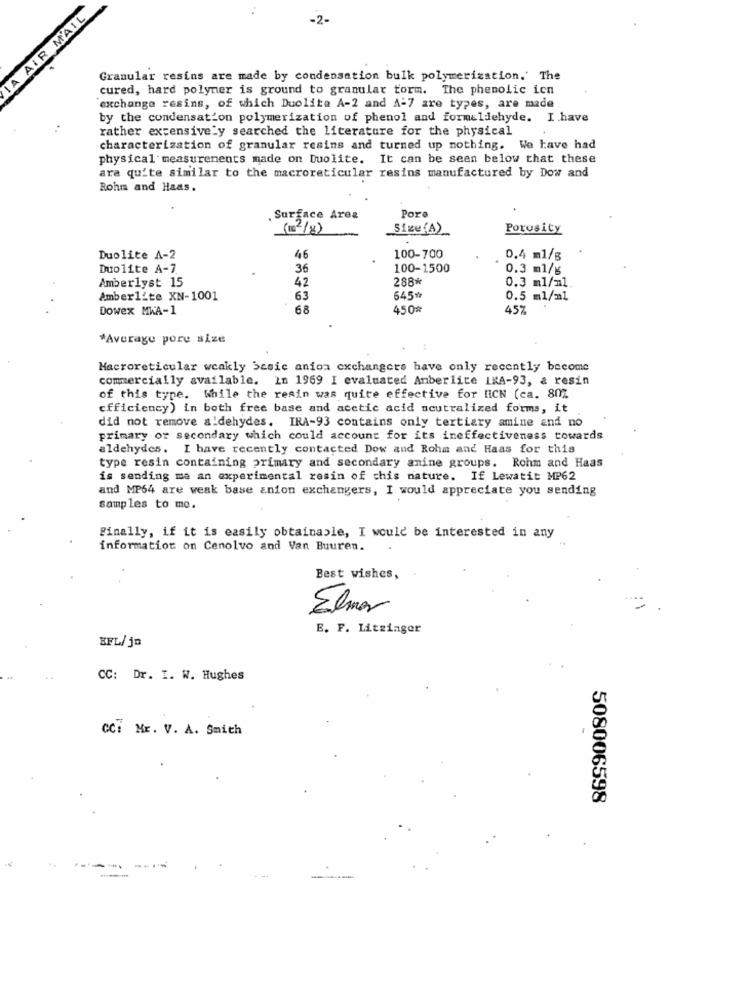
LA AIR MAIL
-2.
Granular resins are made by condensation bulk polymerization.' The
cured, hard polymer is ground to granular torm. The phenolic icn
exchange resins, of which Duolite A-2 and A-7 are types, are made
by the condensation polymerization of phenol and formaldehyde. I have
rather extensively searched the literature for the physical
characterization of granular resins and turned up nothing. We have had
physical measurements made on Duolite. It can be seen below that these
ara quite similar to the macroreticular resins manufactured by Dow and
Rohm and Haas.
Surface Area
Poro
Size(A)
Porosity
Duolite A-2
46
100-700
0.4 m1/g
Duolite A-7
36
100-1500
0.3 ml/6
Amberlyst 15
288*
0.3 ml/ml.
42
Amberlite XN-1001
63
645
0.5 ml/ml
Dowex MWA-1
68
450#
45%
*Average pore size
Macroreticular weakly Sasic anion exchangers have only recently become
commercially available. In 1969 I evaluated Amberlite LKA-93, a resin
of this type. While the resin was quite effective for ICN (ca. 807
efficiency) in both free base and acetic acid neutralized forms, it
did not remove aldehydes. IRA-93 contains only tertiary amine and no
primary or secondary which could account for its ineffectiveness towards
aldehydes. I have recently contacted Dow and Rohm and Haas for this
type resin containing primary and secondary amine groups. Rohm and Haas
is sending ma an experimental resin of this nature. If Lewatit MP62
and MP64 are weak base anion exchangers, I would appreciate you sending
Samples to me.
Finally, if it is easily obtainable, I would be interested in any
information on Cenolvo and Van Buuren.
Best wishes,
Elmer
E. F. Litzinger
BFL/jn
CC: Dr. I. W. Hughes
CC: Mr. V. A. Smith
508006598